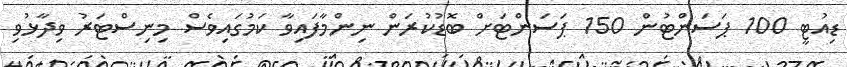
ޑިއުޓީ 100 ޕަސަންޓުން 150 ޕަސަންޓަށް ބޮޑުކުރަން ނިންމާފައިވާ ކަމުގައިވެސް މިނިސްޓަރު ވިދާޅުވި